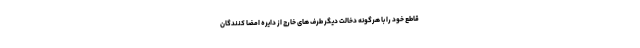
قاطع خود را با هرگونه دخالت دیگر طرف های خارج از دایره امضا کنندگان